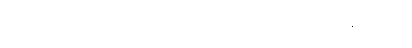
ပြုလုပ်ခြင်းကြောင့် ပညတ်၏၊ အသာဓာရဏ။ သာဏတ္တိက။ နေရာမကြား